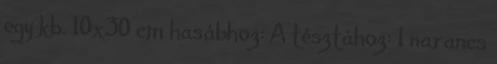
egy kb. 10x30 cm hasábhoz: A tésztához: 1 narancs